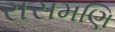
રાસમણિ